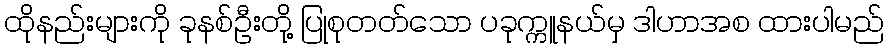
ထိုနည်းများကို ခုနစ်ဦးတို့ ပြုစုတတ်သော ပခုက္ကူနယ်မှ ဒါဟာအစ ထားပါမည်